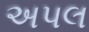
અપલ